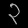
Digit: ၃